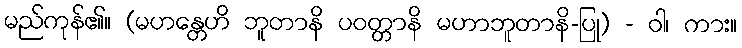
မည်ကုန်၏။ (မဟန္တေဟိ ဘူတာနိ ပဝတ္တာနိ မဟာဘူတာနိ-ပြု) - ဝါ၊ ကား။